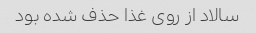
سالاد از روی غذا حذف شده بود